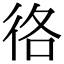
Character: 𢓜